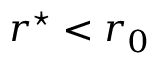
r ^ { \star } < r _ { 0 }